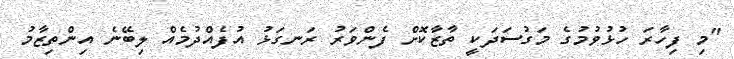
"މި ފިހާރަ ހުޅުވުމުގެ މަގުސަދަކީ ތާޒާކޮށް ފެންވަރު ރަނގަޅު އުފެއްދުމެއް ލިބޭނެ އިންތިޒާމު